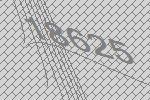
18625